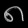
Digit: ၈